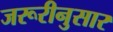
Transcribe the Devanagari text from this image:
जरूरीनुसार